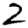
Digit: 2